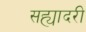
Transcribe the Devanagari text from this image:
सह्यादरी